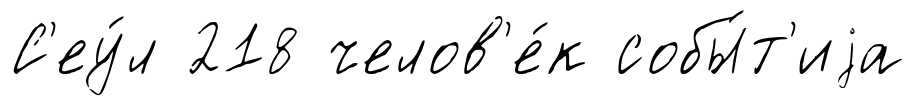
С'еу́л 218 челов'е́к собы́т'иjа